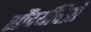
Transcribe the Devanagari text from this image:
सौंदर्यचित्रों